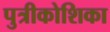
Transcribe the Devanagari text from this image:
पुत्रीकोशिका